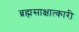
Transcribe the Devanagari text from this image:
ब्रह्मसाक्षात्कारी